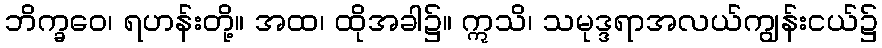
ဘိက္ခဝေ၊ ရဟန်းတို့။ အထ၊ ထိုအခါ၌။ ဣသိ၊ သမုဒ္ဒရာအလယ်ကျွန်းငယ်၌